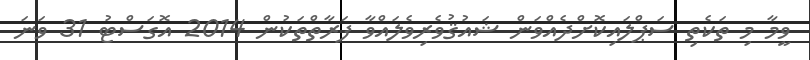
ވީމާ މި ތަކެތި ސަޕްލައިކޮށްދެއްވަން ޝައުޤުވެރިވެލައްވާ ފަރާތްތަކުން 2014 އޮގަސްޓު 31 ވަނަ